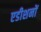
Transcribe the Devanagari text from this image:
एडीशनों